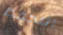
التحفظ